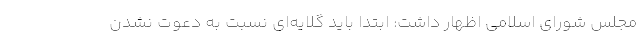
مجلس شورای اسلامی اظهار داشت: ابتدا باید گلایه‌ای نسبت به دعوت نشدن